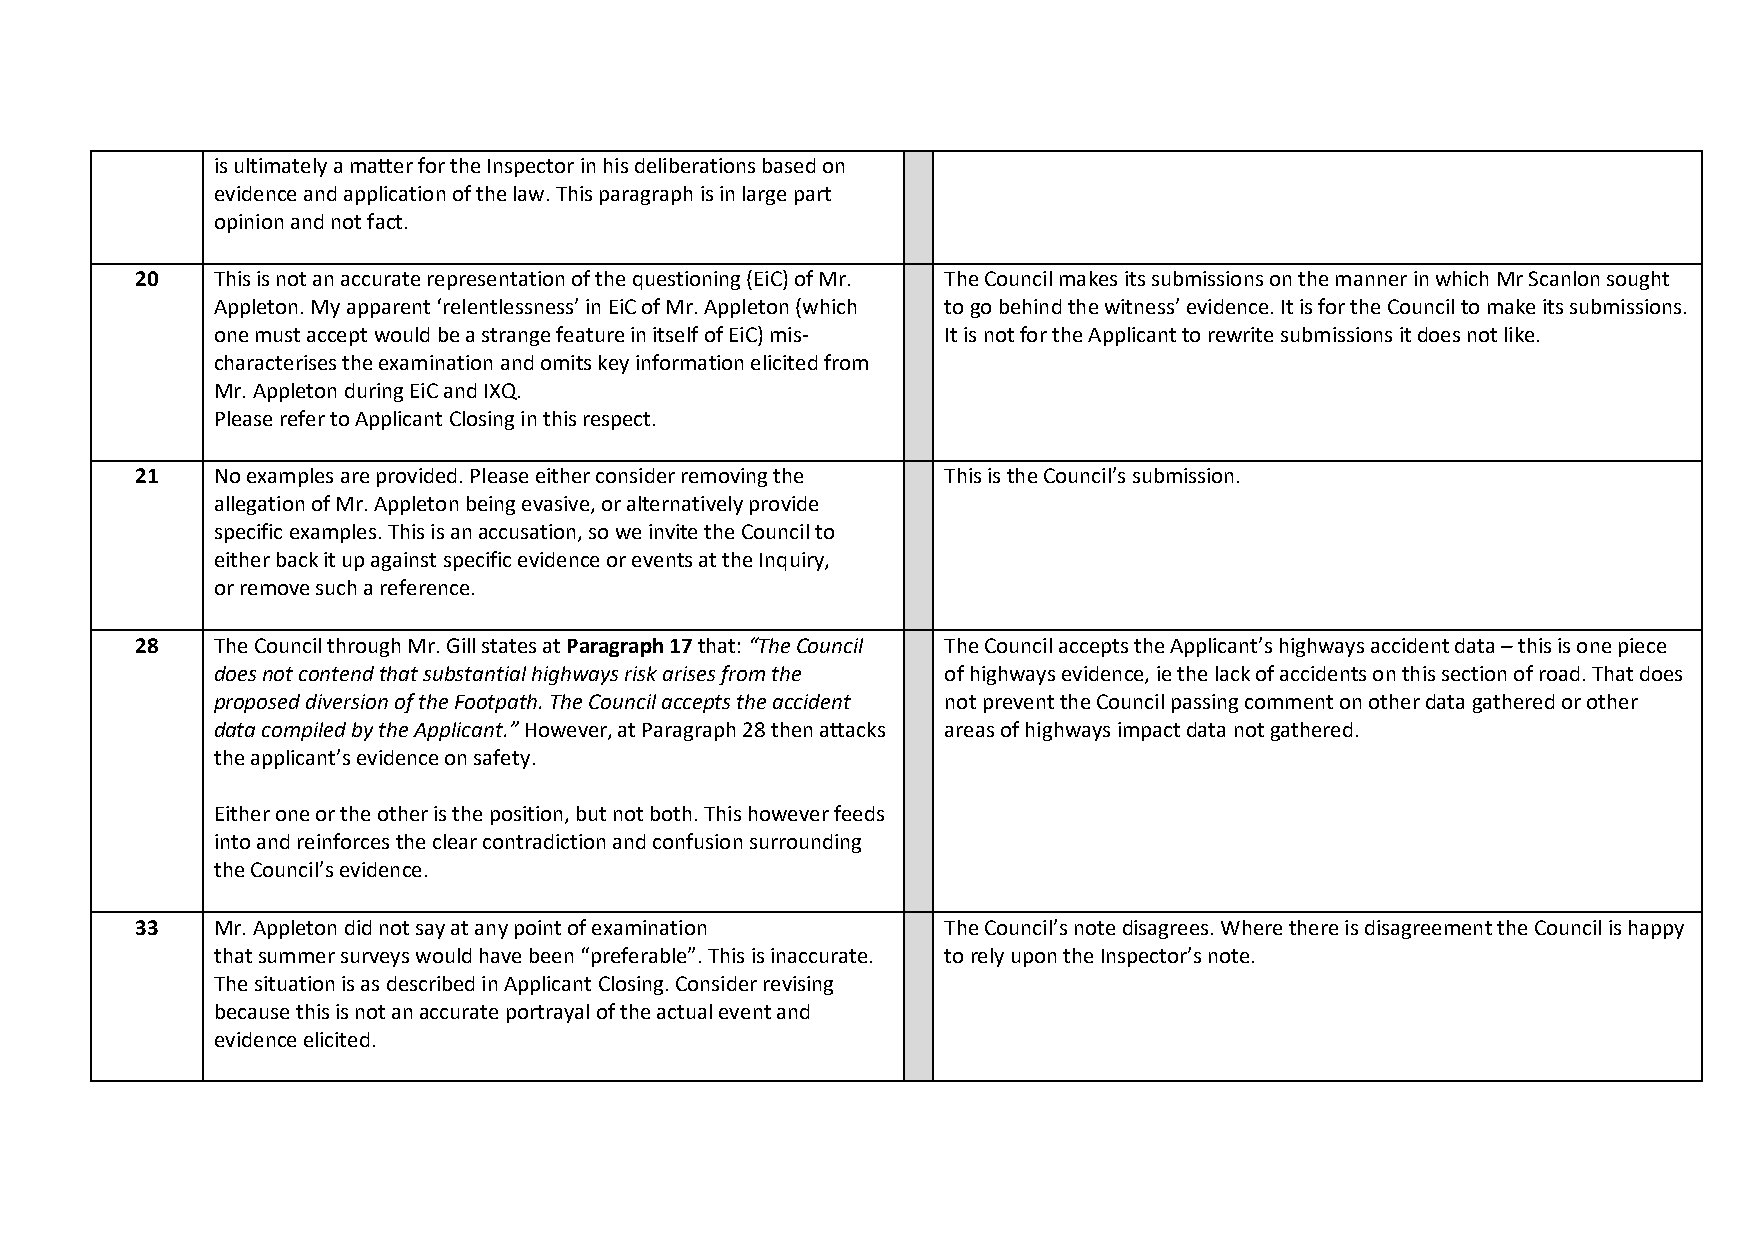
is ultimately a matter for the Inspector in his deliberations based on
 evidence and application of the law. This paragraph is in large part
 opinion and not fact.
 20   This is not an accurate representation of the questioning (EiC) of Mr. The Council makes its submissions on the manner in which Mr Scanlon sought
 Appleton. My apparent ‘relentlessness’ in EiC of Mr. Appleton (which to go behind the witness’ evidence. It is for the Council to make its submissions.
 one must accept would be a strange feature in itself of EiC) mis- It is not for the Applicant to rewrite submissions it does not like.
 characterises the examination and omits key information elicited from
 Mr. Appleton during EiC and IXQ.
 Please refer to Applicant Closing in this respect.
 21   No examples are provided. Please either consider removing the This is the Council’s submission.
 allegation of Mr. Appleton being evasive, or alternatively provide
 specific examples. This is an accusation, so we invite the Council to
 either back it up against specific evidence or events at the Inquiry,
 or remove such a reference.
 28   The Council through Mr. Gill states at Paragraph 17 that: “The Council The Council accepts the Applicant’s highways accident data – this is one piece
 does not contend that substantial highways risk arises from the of highways evidence, ie the lack of accidents on this section of road. That does
 proposed diversion of the Footpath. The Council accepts the accident not prevent the Council passing comment on other data gathered or other
 data compiled by the Applicant.” However, at Paragraph 28 then attacks areas of highways impact data not gathered.
 the applicant’s evidence on safety.
 Either one or the other is the position, but not both. This however feeds
 into and reinforces the clear contradiction and confusion surrounding
 the Council’s evidence.
 33   Mr. Appleton did not say at any point of examination The Council’s note disagrees. Where there is disagreement the Council is happy
 that summer surveys would have been “preferable”. This is inaccurate. to rely upon the Inspector’s note.
 The situation is as described in Applicant Closing. Consider revising
 because this is not an accurate portrayal of the actual event and
 evidence elicited.